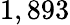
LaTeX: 1,893